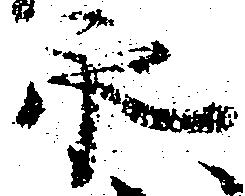
永